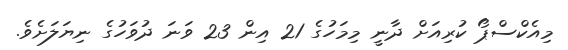
މިއެކްސްޕޯ ކުރިއަށް ދާނީ މިމަހުގެ 21 އިން 23 ވަނަ ދުވަހުގެ ނިޔަލަށެވެ.